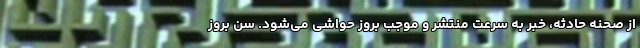
از صحنه حادثه‌، خبر به سرعت منتشر و موجب بروز حواشی می‌شود. سن بروز